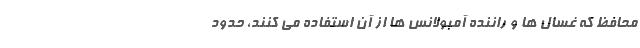
محافظ که غسال ها و راننده آمبولانس ها از آن استفاده می کنند، حدود